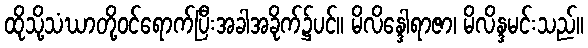
ထိုသို့သံဃာတို့ဝင်ရောက်ပြီးအခါအခိုက်၌ပင်။ မိလိန္ဒေါရာဇာ၊ မိလိန္ဒမင်းသည်။